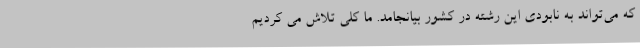
که می‌تواند به نابودی این رشته در کشور بیانجامد. ما کلی تلاش می کردیم